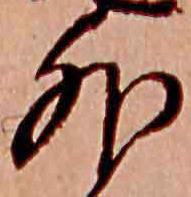
外